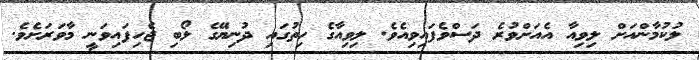
ލުކުމާންއަށް ލިވިއާ އެއަށްވުރެ ދަސްވެފައިވިއެވެ. ލިވިއާގެ ހިތުގައި ދުނިޔޭގެ ލޯބި ޖެހިފައިވަނީ މާވަރަށެވެ.